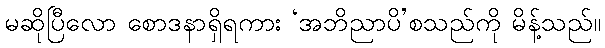
မဆိုပြီလော စောဒနာရှိရကား ‘အဘိညာပိ’စသည်ကို မိန့်သည်။